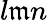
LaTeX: l\mathfrak{m}n